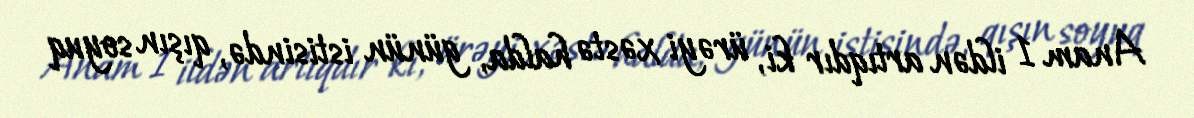
Anam 1 ildən artıqdır ki, ürəyi xəstə halda, günün istisində, qışın soyuq